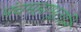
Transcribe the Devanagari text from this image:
पंचमहाभूतानि